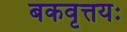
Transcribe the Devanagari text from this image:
बकवृत्तयः